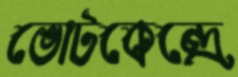
ভোটকেন্দ্রে